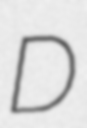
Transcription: D